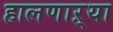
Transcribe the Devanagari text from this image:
हालणाऱ्या